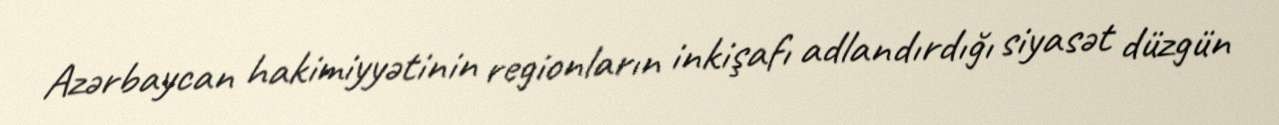
Azərbaycan hakimiyyətinin regionların inkişafı adlandırdığı siyasət düzgün